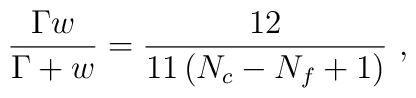
\frac{\Gamma w}{\Gamma + w} =\frac{12}{11\left(N_c - N_f +1\right)} \ ,